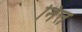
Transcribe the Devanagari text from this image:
नित्त